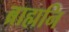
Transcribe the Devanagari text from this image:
ब्राह्मनि